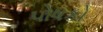
પોષકો